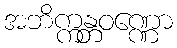
အဘိက္ကန္တဝဏ္ဏော